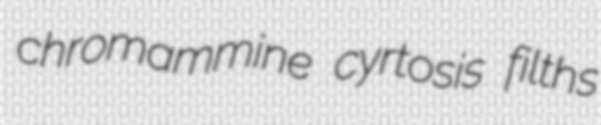
chromammine cyrtosis filths